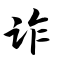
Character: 诈